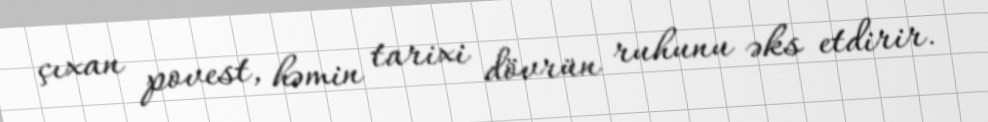
çıxan povest, həmin tarixi dövrün ruhunu əks etdirir.